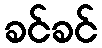
ခင်ခင်